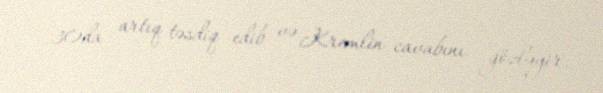
30da artıq təsdiq edib və Kremlin cavabını gözləyir.